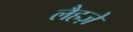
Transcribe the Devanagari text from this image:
लैहज़े